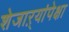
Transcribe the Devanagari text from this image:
शेजाऱ्यांपेक्षा